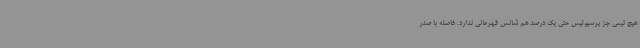
هیچ تیمی جز پرسپولیس حتی یک درصد هم شانس قهرمانی ندارد. فاصله با صدر